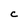
Character: C